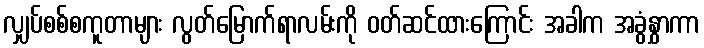
လျှပ်စစ်စကူတာများ လွတ်မြောက်ရာလမ်းကို ၀တ်ဆင်ထားကြောင်း အခါက အခွံနွှာကာ